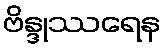
ဗိန္ဒုဿရေန